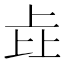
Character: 𰀎